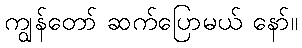
ကျွန်တော် ဆက်ပြောမယ် နော်။